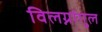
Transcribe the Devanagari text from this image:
विलग्नांगुल